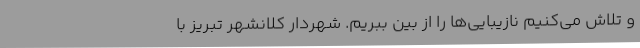
و تلاش می‌کنیم نازیبایی‌ها را از بین ببریم. شهردار کلانشهر تبریز با